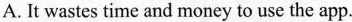
A. It wastes time and money to use the app.